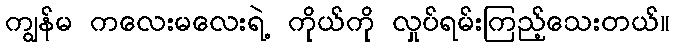
ကျွန်မ ကလေးမလေးရဲ့ ကိုယ်ကို လှုပ်ရမ်းကြည့်သေးတယ်။